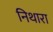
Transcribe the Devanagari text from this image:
निथारा